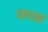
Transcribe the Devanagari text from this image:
आयसो